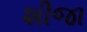
શીજા